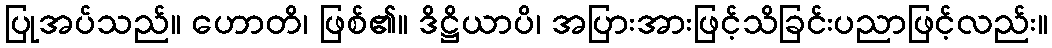
ပြုအပ်သည်။ ဟောတိ၊ ဖြစ်၏။ ဒိဋ္ဌိယာပိ၊ အပြားအားဖြင့်သိခြင်းပညာဖြင့်လည်း။